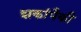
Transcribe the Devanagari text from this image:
शकांपैकी